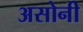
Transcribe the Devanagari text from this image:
असोनी